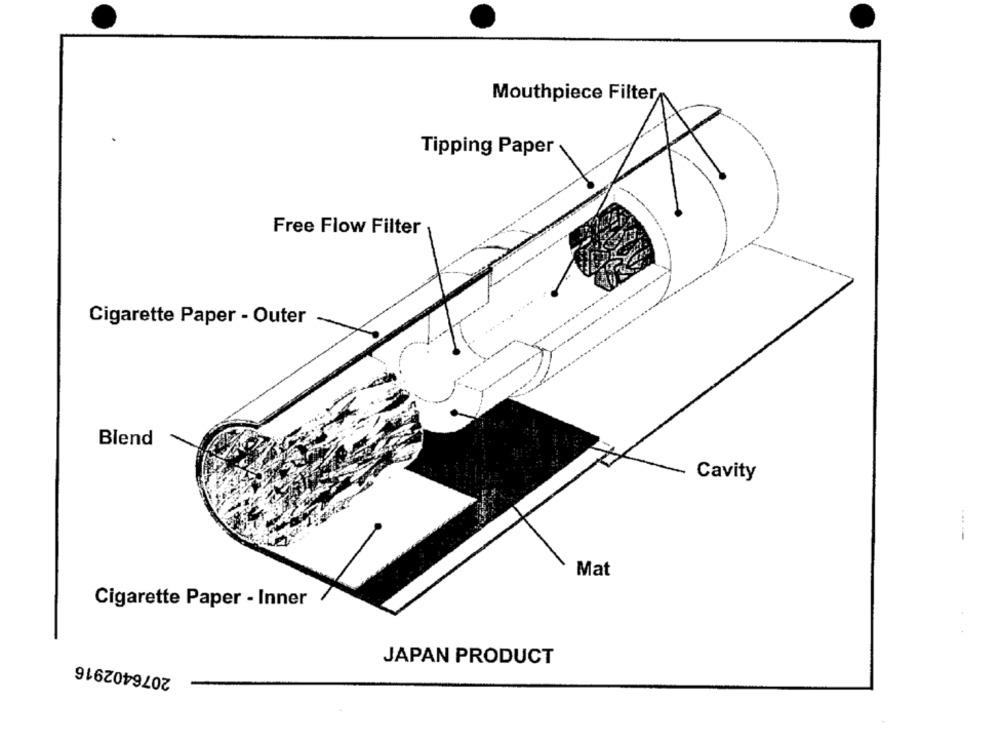
Mouthpiece Filter
Tipping Paper
Free Flow Filter
Cigarette Paper - Outer
Blend
Cavity
---
Mat
Cigarette Paper - Inner
2076402916
JAPAN PRODUCT